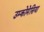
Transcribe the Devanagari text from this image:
उम्कोमेसिया